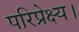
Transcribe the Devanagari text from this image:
परिप्रेक्ष्य।